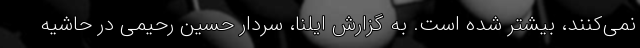
نمی‌کنند، بیشتر شده است. به گزارش ایلنا،‌ سردار حسین رحیمی در حاشیه